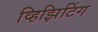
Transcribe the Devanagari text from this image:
व्हिझिटिंग